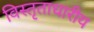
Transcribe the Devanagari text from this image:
विस्तृताधारीय